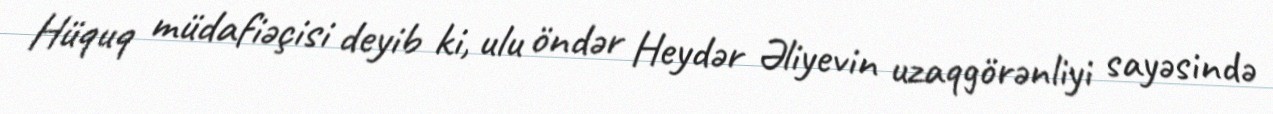
Hüquq müdafiəçisi deyib ki, ulu öndər Heydər Əliyevin uzaqgörənliyi sayəsində